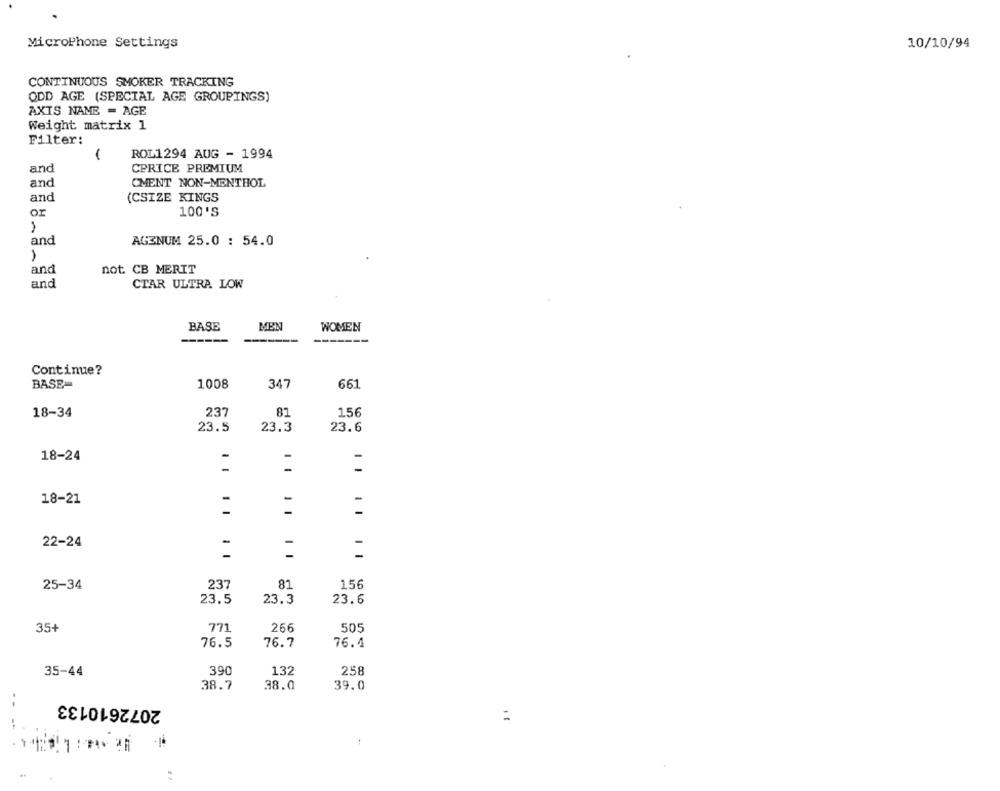
MicroPhone Settings
10/10/94
CONTINUOUS SMOKER TRACKING
ODD AGE (SPECIAL AGE GROUPINGS)
AXIS NAME = AGE
Weight matrix 1
Filter:
ROL1294 AUG - 1994
and
CPRICE PREMIUM
and
CMENT NON-MENTHOL
and
(CSIZE KINGS
or
100'S
-
and
AGZNUM 25.0 : 54.0
and
not CB MERIT
and
CTAR ULTRA LOW
BASE
MEN
WOMEN
Continue?
BASE
1008
347
661
18-34
237
81
156
23.5
23.3
23.6
18-24
-
-
18-21
-
-
22-24
-
-
81
156
25-34
237
23.5
23.3
23.6
35+
771
266
505
76.5
76.7
76.4
35-44
390
132
258
38.7
38.0
39.0
2072610133
: